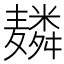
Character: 𱋬